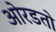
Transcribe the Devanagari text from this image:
ओरडतो